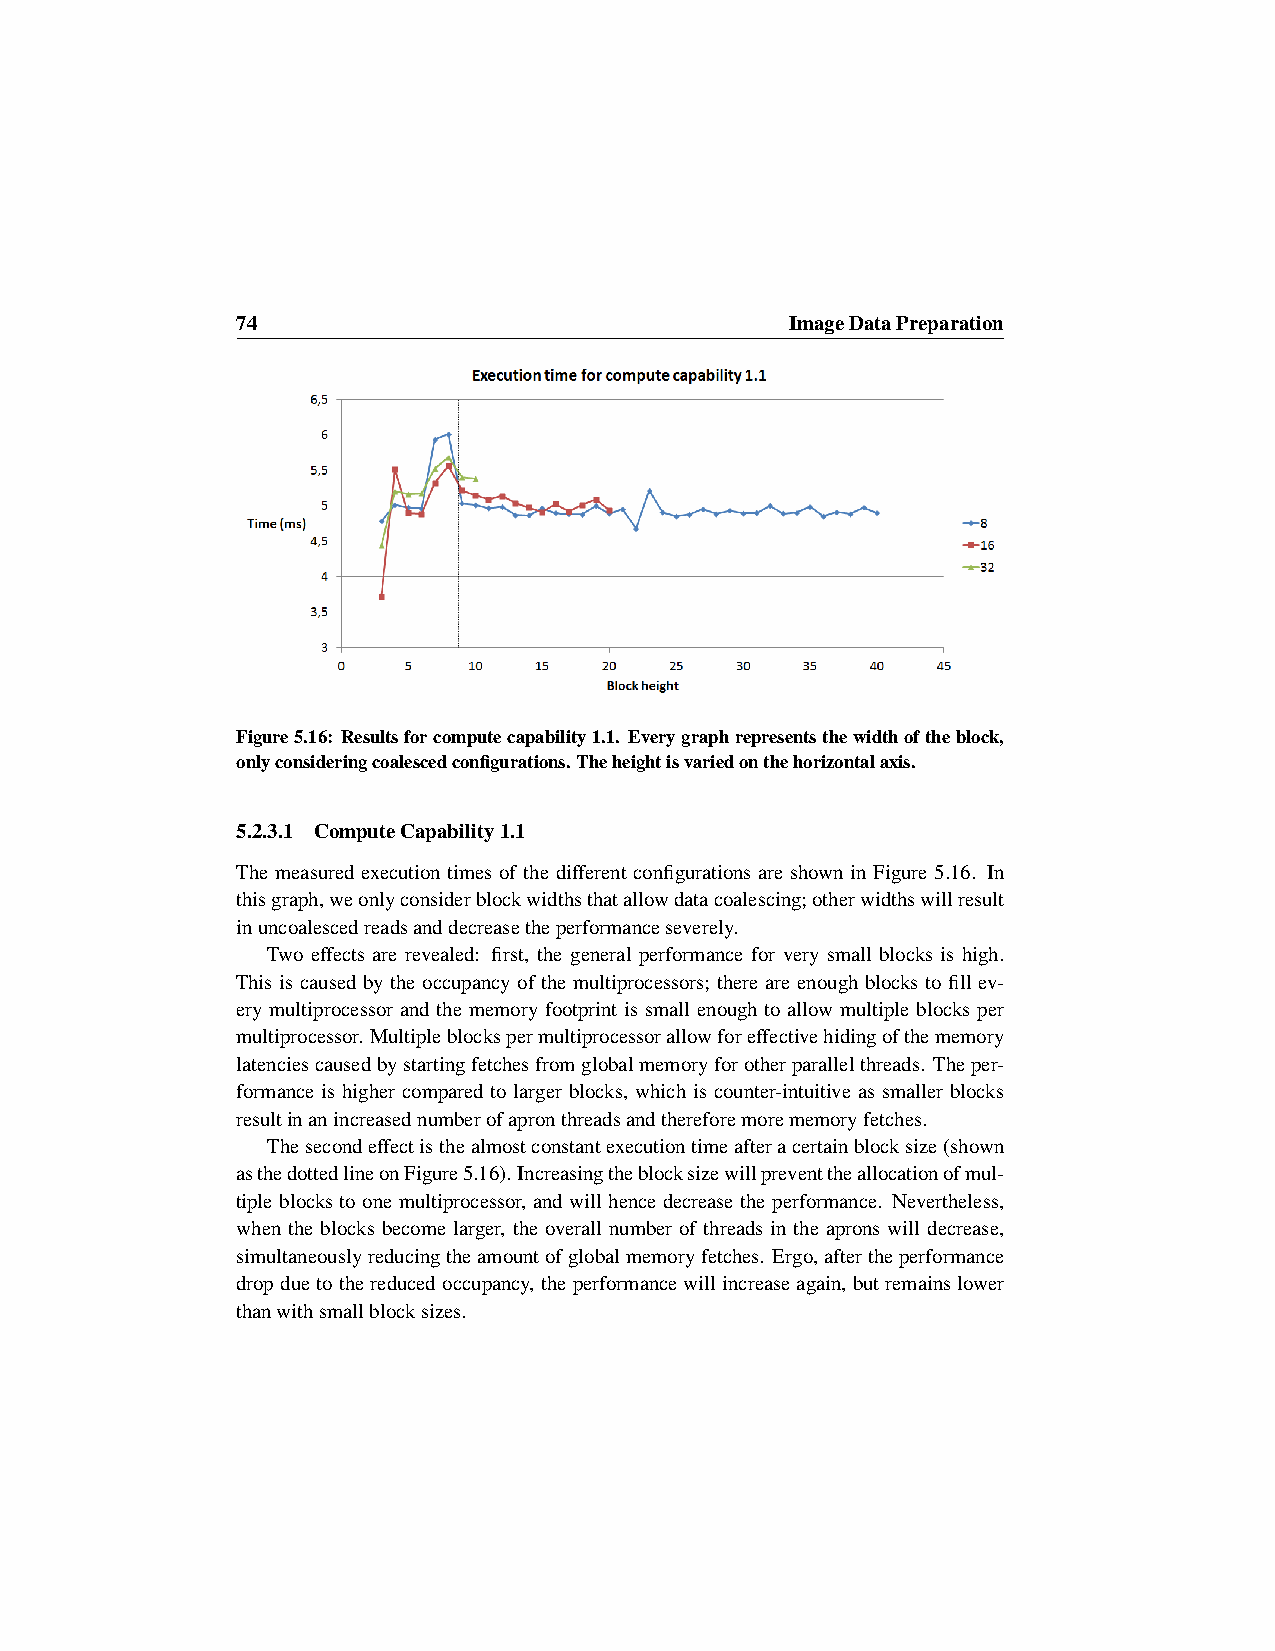
74                                  ImageDataPreparation
 Figure5.16: Resultsforcomputecapability1.1. Everygraphrepresentsthewidthoftheblock,
 onlyconsideringcoalescedconfigurations.Theheightisvariedonthehorizontalaxis.
 5.2.3.1 ComputeCapability1.1
 The measured execution times of the different configurations are shown in Figure 5.16. In
 thisgraph,weonlyconsiderblockwidthsthatallowdatacoalescing;otherwidthswillresult
 inuncoalescedreadsanddecreasetheperformanceseverely.
 Two effects are revealed: first, the general performance for very small blocks is high.
 This is caused by the occupancy of the multiprocessors; there are enough blocks to fill ev-
 ery multiprocessor and the memory footprint is small enough to allow multiple blocks per
 multiprocessor. Multipleblockspermultiprocessorallowforeffectivehidingofthememory
 latenciescausedbystartingfetchesfromglobalmemoryforotherparallelthreads. Theper-
 formance is higher compared to larger blocks, which is counter-intuitive as smaller blocks
 resultinanincreasednumberofapronthreadsandthereforemorememoryfetches.
 Thesecondeffectisthealmostconstantexecutiontimeafteracertainblocksize(shown
 asthedottedlineonFigure5.16).Increasingtheblocksizewillpreventtheallocationofmul-
 tiple blocks to one multiprocessor, and will hence decrease the performance. Nevertheless,
 when the blocks become larger, the overall number of threads in the aprons will decrease,
 simultaneouslyreducingtheamountofglobalmemoryfetches. Ergo,aftertheperformance
 dropduetothereducedoccupancy, theperformancewillincreaseagain, butremainslower
 thanwithsmallblocksizes.